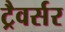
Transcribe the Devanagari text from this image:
ट्रैवर्सर